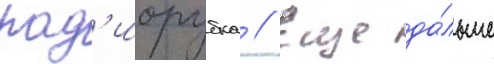
рад'иорубка // Еще да́льше